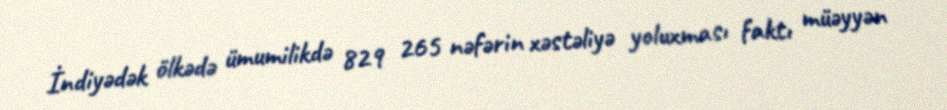
İndiyədək ölkədə ümumilikdə 829 265 nəfərin xəstəliyə yoluxması faktı müəyyən